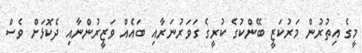
މީގެ އިތުރުން މަރުކަޒީ ބޭންކުގެ ކުރީގެ ގަވަރުނަރާއި ބައެއް ވަޒީރުންނާއި ދެކޮޅަށް ވެސް